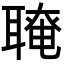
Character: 𦗆